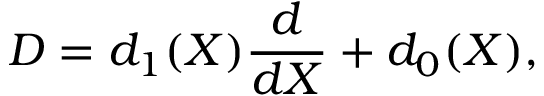
D = d _ { 1 } ( X ) \frac { d } { d X } + d _ { 0 } ( X ) ,